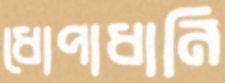
ধোপাধানি